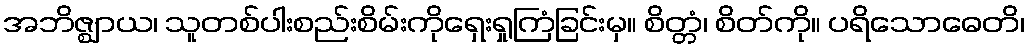
အဘိဇ္ဈာယ၊ သူတစ်ပါးစည်းစိမ်းကိုရှေးရှုကြံခြင်းမှ။ စိတ္တံ၊ စိတ်ကို။ ပရိသောဓေတိ၊